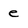
Character: e